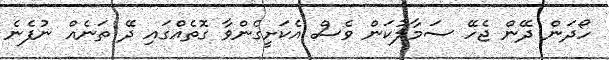
ހޯދަން ދޭން ޖެހޭ ސަމާލުކަން ވެސް އެކަށީގެންވާ ގޮތެއްގައި ދޭ ތަނެއް ނުފެނެ